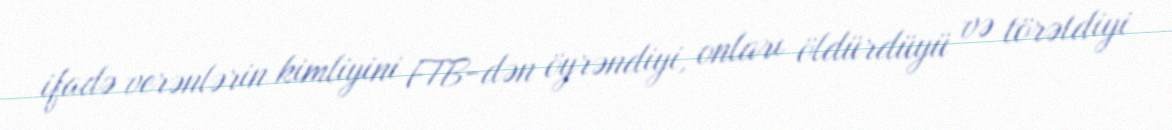
ifadə verənlərin kimliyini FTB-dən öyrəndiyi, onları öldürdüyü və törətdiyi